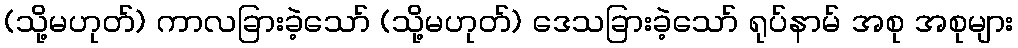
(သို့မဟုတ်) ကာလခြားခဲ့သော် (သို့မဟုတ်) ဒေသခြားခဲ့သော် ရုပ်နာမ် အစု အစုများ